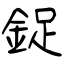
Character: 鋜